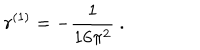
LaTeX: r ^ { ( 1 ) } = - \frac { 1 } { 1 6 \pi ^ { 2 } } \ .